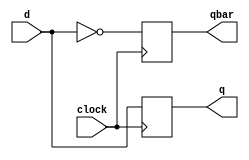
//NEGATIVE EDGE TRIGGERED D FLIP FLOP
module dff_negedge(d, clock, q, qbar);

    input d, clock;
    //REG => CHANGED IN ALWAYS BLOCK
    output reg q, qbar;

    always @(negedge clock)
    begin
        //<= => NONBLOCKING. AVOID RACE CONDITIIONS
        q <= d;
        qbar <= ~d;
    end

endmodule